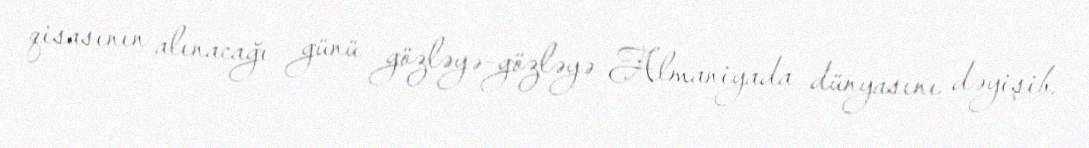
qisasının alınacağı günü gözləyə-gözləyə Almaniyada dünyasını dəyişib.